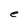
Character: e